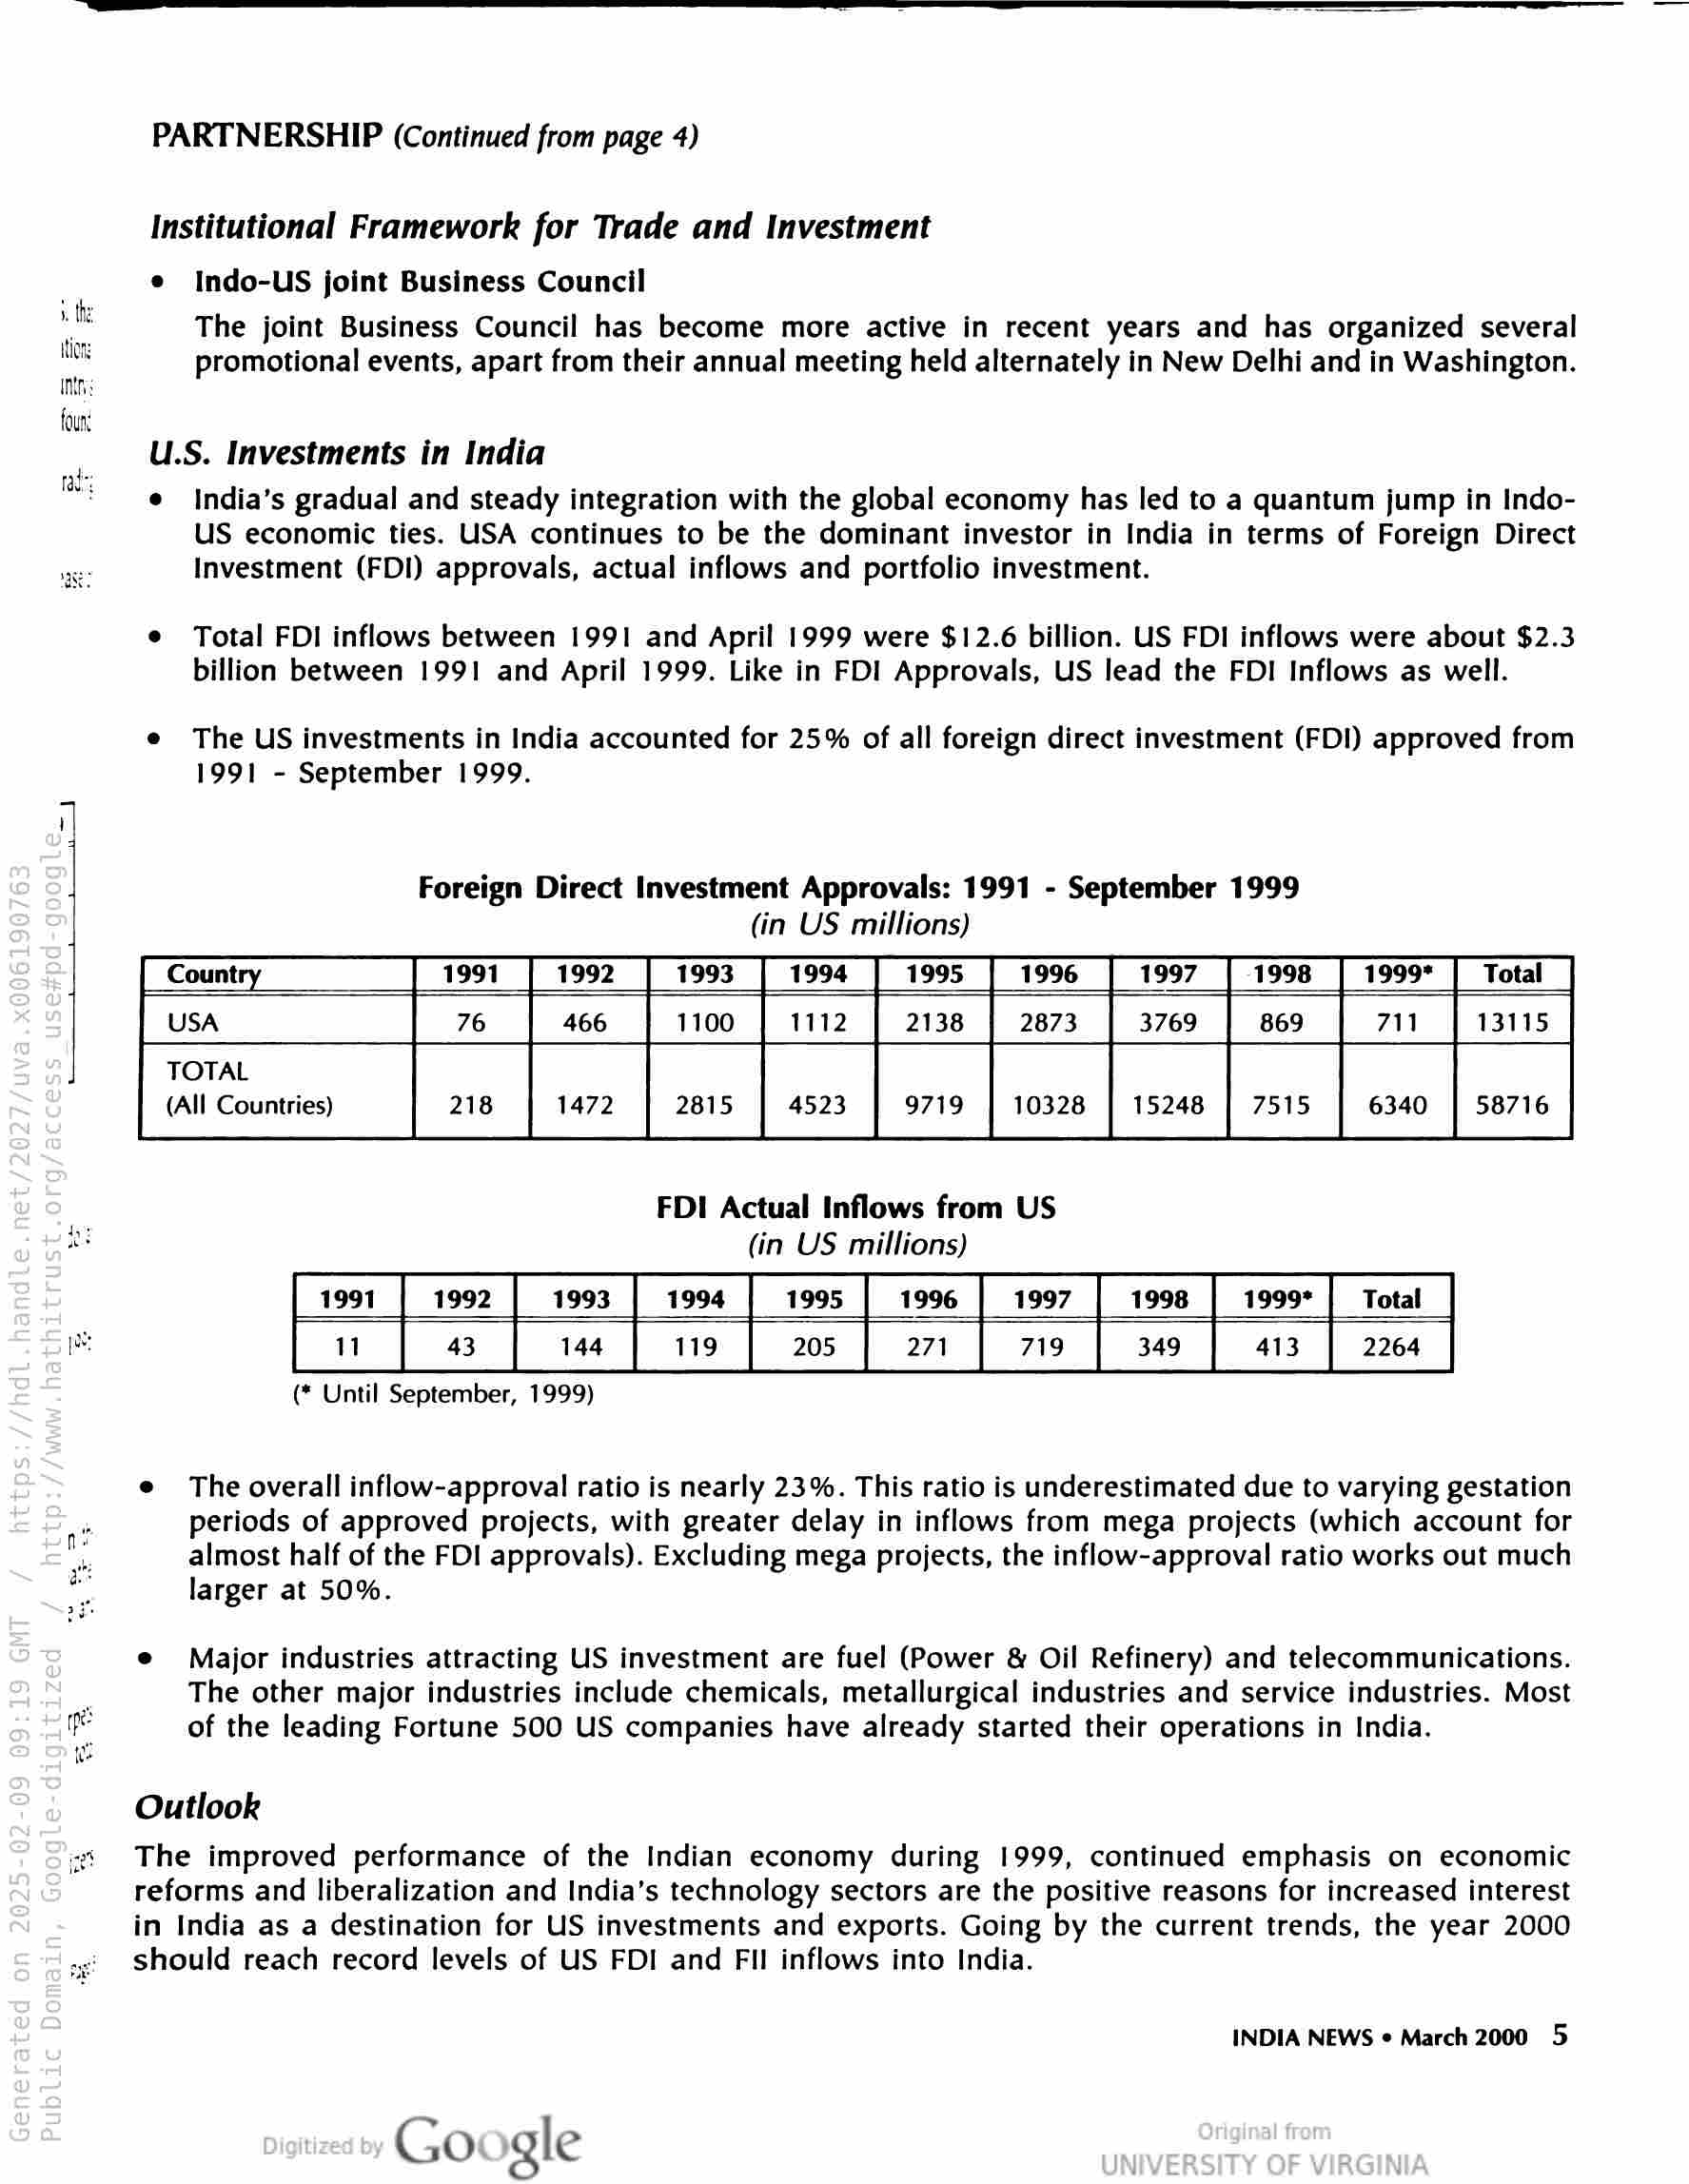
» the
iting
Inns
foun

ra:

PARTNERSHIP (Continued from page 4)

Institutional Framework for Trade and Investment

e Indo-US joint Business Council

The joint Business Council has become more active in recent years and has organized several
promotional events, apart from their annual meeting held alternately in New Delhi and in Washington.

U.S. Investments in India

e India’s gradual and steady integration with the global economy has led to a quantum jump in Indo-
US economic ties. USA continues to be the dominant investor in India in terms of Foreign Direct
Investment (FDI) approvals, actual inflows and portfolio investment.

¢ Total FDI inflows between 1991 and April 1999 were $12.6 billion. US FDI inflows were about $2.3
billion between 1991 and April 1999. Like in FDI Approvals, US lead the FDI Inflows as well.

e The US investments in India accounted for 25% of all foreign direct investment (FDI) approved from
1991 - September 1999.

Foreign Direct Investment Approvals: 1991 - September 1999
(in US millions)

Country 1991 1992 1993 1994 1995 1996 1997 1998 1999* Total
USA 76 466 1100 1112 2138 2873 3769 869 711 13115
TOTAL

(All Countries) 218 1472 2815 4523 9719 10328 | 15248 | 7515 6340 | 58716

FDI Actual Inflows from US
(in US millions)

1992 1993 1994 1995 1996 1997 1998 1999* Total
43 144 119 205 271 719 349 413 2264

(* Until September, 1999)

e The overall inflow-approval ratio is nearly 23%. This ratio is underestimated due to varying gestation
periods of approved projects, with greater delay in inflows from mega projects (which account for
almost half of the FDI approvals). Excluding mega projects, the inflow-approval ratio works out much
larger at 50%.

e Major industries attracting US investment are fuel (Power & Oil Refinery) and telecommunications.
The other major industries include chemicals, metallurgical industries and service industries. Most
of the leading Fortune 500 US companies have already started their operations in India.

Outlook

The improved performance of the Indian economy during 1999, continued emphasis on economic
reforms and liberalization and India’s technology sectors are the positive reasons for increased interest
in India as a destination for US investments and exports. Going by the current trends, the year 2000
should reach record levels of US FDI and Fil inflows into India.

INDIA NEWS ¢ March 2000 5

Google